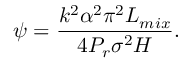
\psi = \frac { k ^ { 2 } \alpha ^ { 2 } \pi ^ { 2 } L _ { m i x } } { 4 P _ { r } \sigma ^ { 2 } H } .